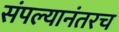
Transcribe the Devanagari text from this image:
संपल्यानंतरच